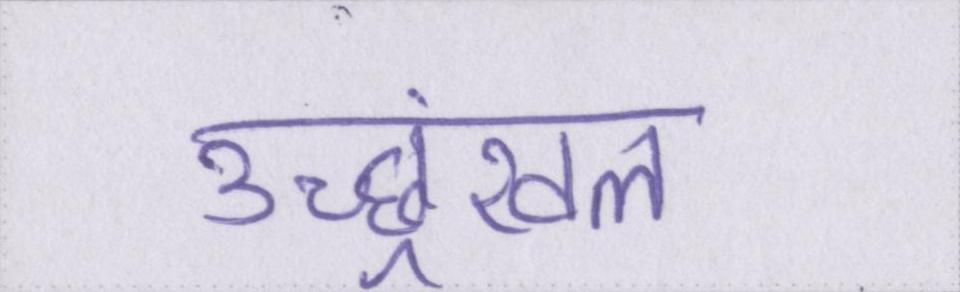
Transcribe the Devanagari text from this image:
उच्छ्रंखल